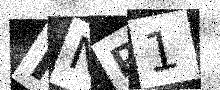
Text: KNP1